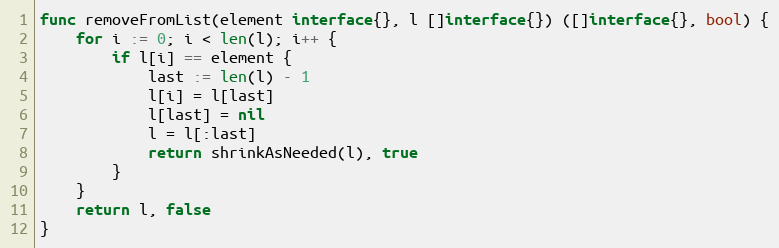
Language: Go
func removeFromList(element interface{}, l []interface{}) ([]interface{}, bool) {
	for i := 0; i < len(l); i++ {
		if l[i] == element {
			last := len(l) - 1
			l[i] = l[last]
			l[last] = nil
			l = l[:last]
			return shrinkAsNeeded(l), true
		}
	}
	return l, false
}